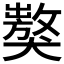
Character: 𤢝